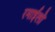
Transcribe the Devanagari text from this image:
रमाईलो